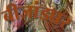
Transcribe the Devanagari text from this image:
बीजांडघर